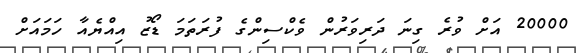
20000 އަށް ވުރެ ގިނަ ދަރިވަރުން ވެކްސިންގެ ފުރަތަމަ ޑޯޒު އިއްޔެއާ ހަމައަށް